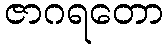
ဇာဂရတော